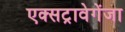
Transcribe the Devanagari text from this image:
एक्सट्रावेगेंजा